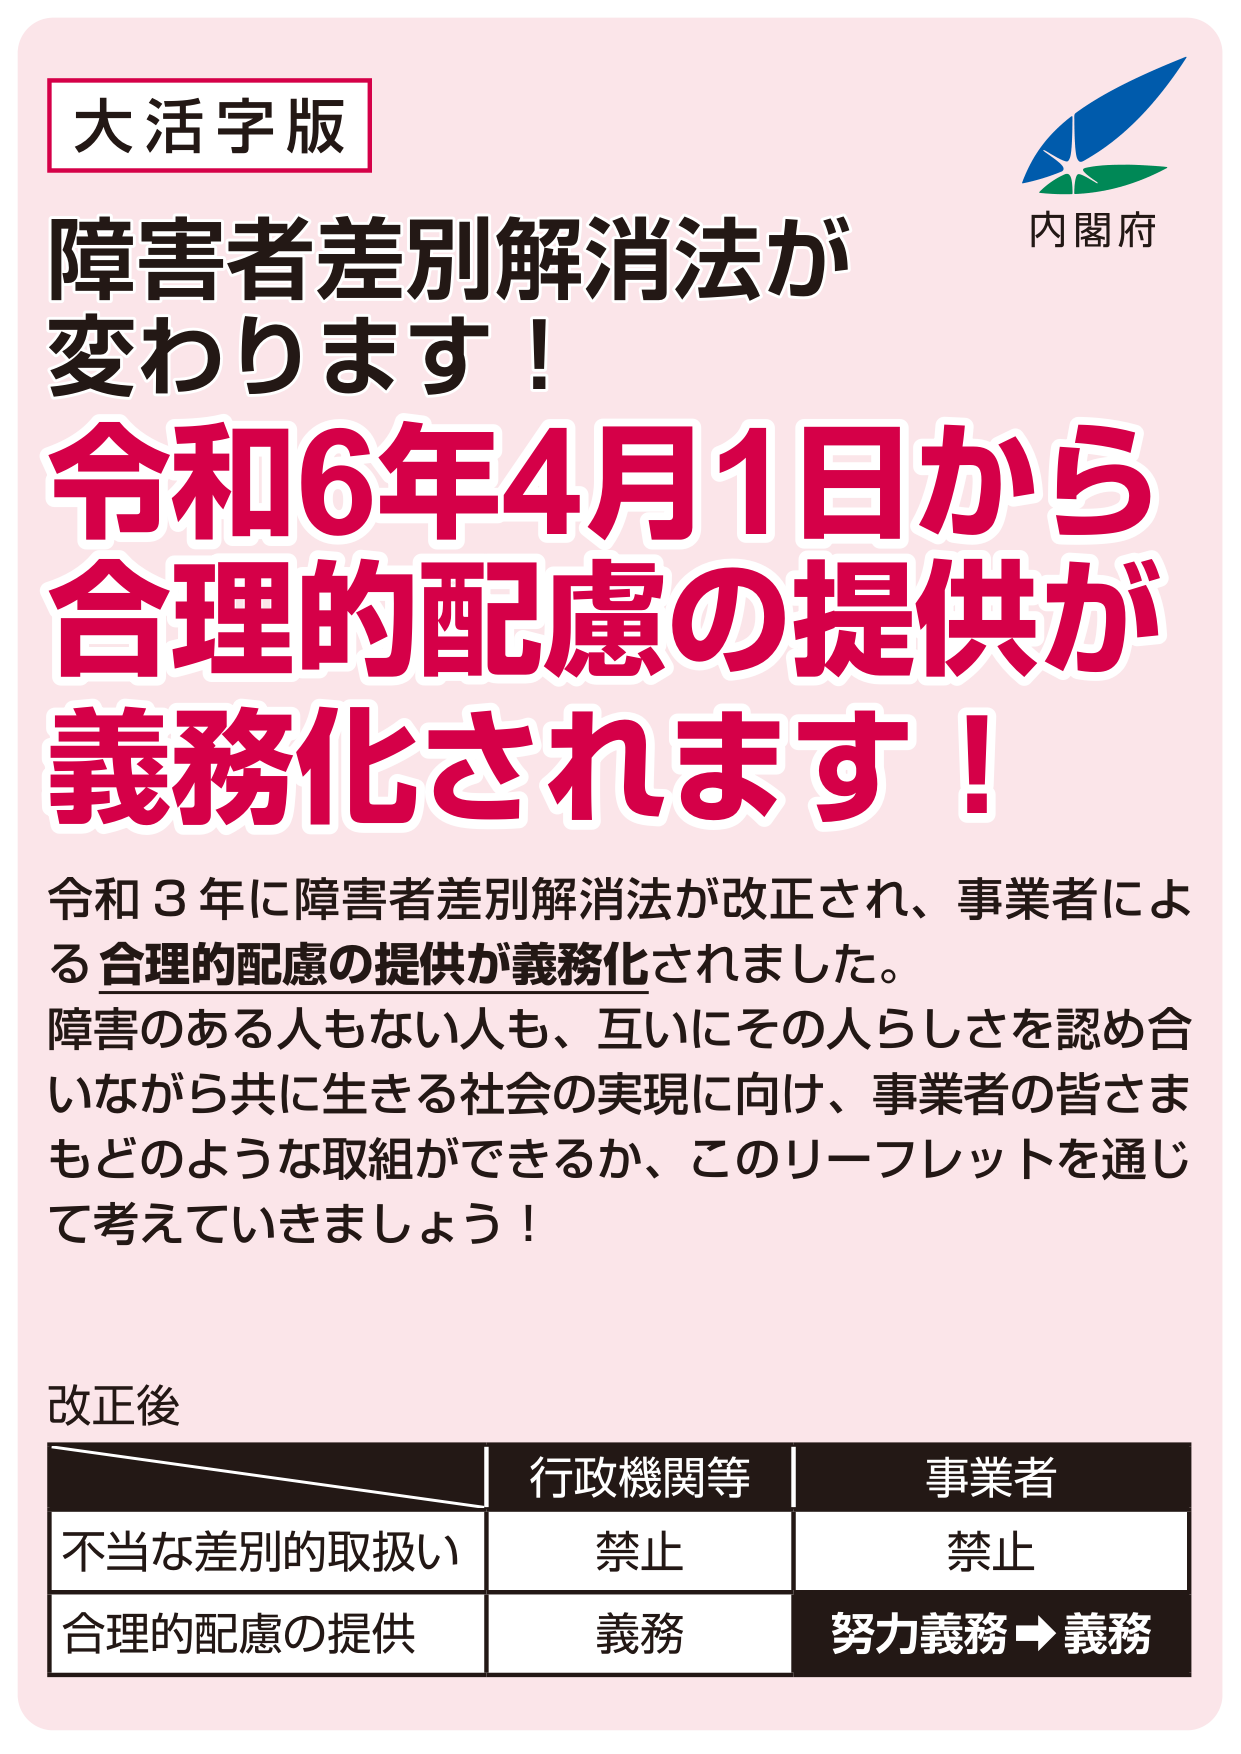
大活字版
内閣府
障害者差別解消法が
変わります！
令和6年4月1日から
合理的配慮の提供が
義務化されます！
令和3年に障害者差別解消法が改正され、事業者による合理的配慮の提供が義務化されました。
障害のある人もない人も、互いにその人らしさを認め合いながら共に生きる社会の実現に向け、事業者の皆さまもどのような取組ができるか、このリーフレットを通じて考えていきましょう！
改正後
行政機関等 事業者
不当な差別的取扱い 禁止 禁止
合理的配慮の提供 義務 努力義務→義務